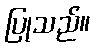
ပြုသည်။